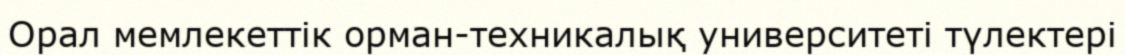
Орал мемлекеттік орман-техникалық университеті түлектері